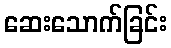
ဆေးသောက်ခြင်း